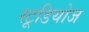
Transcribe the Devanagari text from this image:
स्‍टूडियोज